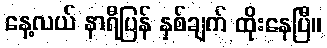
နေ့လယ် နာရီပြန် နှစ်ချက် ထိုးနေပြီ။